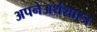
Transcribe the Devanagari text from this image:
अपनेअर्थशास्त्र